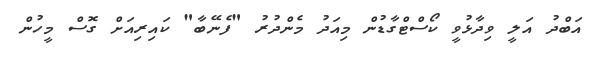
އަބްދު އަލީ ވިދާޅުވީ ކޯސްޓްގާޑުން މިއަދު މެންދުރު "ފެނޭބާ" ކައިރިއަށް ގޮސް މީހުން